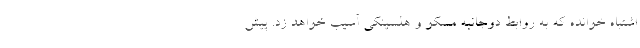
اشتباه خوانده که به روابط دوجانبه مسکو و هلسینکی آسیب خواهد زد. پیش